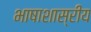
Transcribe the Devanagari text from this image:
भाषाशास्रीय